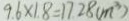
9 . 6 \times 1 . 8 = 1 7 . 2 8 ( m ^ { 3 } )